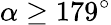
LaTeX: \alpha\geq 179^{\circ}